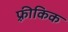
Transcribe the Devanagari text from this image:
फ़्रीकिक